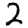
Digit: 2